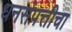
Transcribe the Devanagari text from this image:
धनसंपत्तीचा